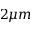
2 \mu m